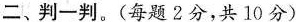
二、判一判。(每题2分，共10分)